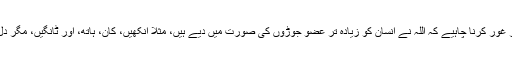
ہمیں اس حقیقت پر غور کرنا چاہیے کہ اللہ نے انسان کو زیادہ تر عضو جوڑوں کی صورت میں دیے ہیں، مثلاً آنکھیں، کان، ہاتھ، اور ٹانگیں، مگر دل صرف ایک ہے۔